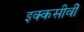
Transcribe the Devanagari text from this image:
इक्कसीवीं